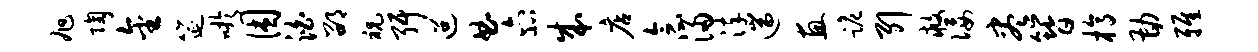
旭陶金筵吁困泊邵祝弭迢曲六北成店念浸淬遄惠跪引救佞尽簪槁勘雅